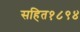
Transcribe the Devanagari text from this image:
सहित१८९४